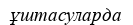
ұштасуларда